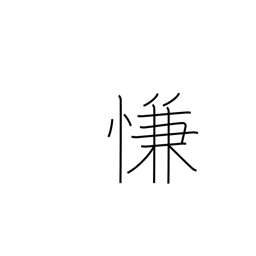
Meaning: satisfaction